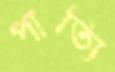
পাত্যি